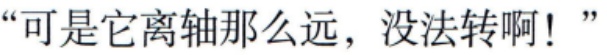
“可是它离轴那么远，没法转啊！”